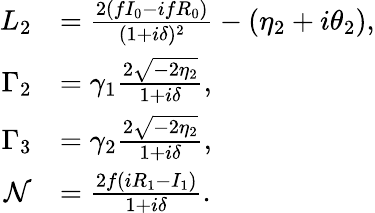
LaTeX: \begin{array}{rl}{L_{2}}&{=\frac{2(fI_{0}-ifR_{0})}{(1+i\delta)^{2}}-(\eta_{2}+i\theta_{2}),}\\ {\Gamma_{2}}&{=\gamma_{1}\frac{2\sqrt{-2\eta_{2}}}{1+i\delta},}\\ {\Gamma_{3}}&{=\gamma_{2}\frac{2\sqrt{-2\eta_{2}}}{1+i\delta},}\\ {\mathcal{N}}&{=\frac{2f(iR_{1}-I_{1})}{1+i\delta}.}\end{array}